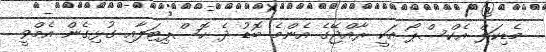
މެޑިކަލް އެކްސްޕޯ އަކީ ރާއްޖޭގެ އެންމެ ބޮޑު ދެ ހޮސްޕިޓަލާއި ގުޅިގެން އެމްވީ